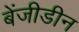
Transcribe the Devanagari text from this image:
बेंजीडीन